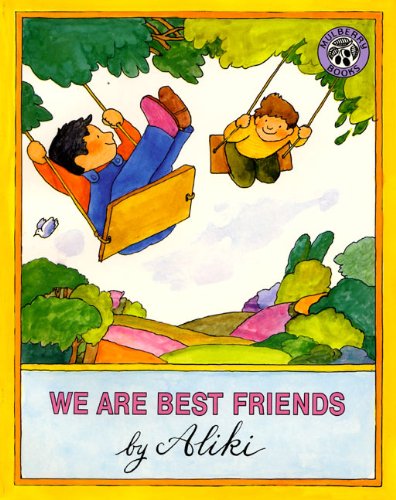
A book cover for We Are Best Friends (Mulberry Books); Aliki; Children's Books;